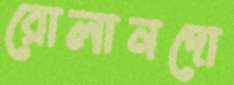
রোলানদো